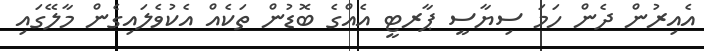
އެއިރުން ދެން ހަމަ ސިޔާސީ ޕާރޓީ އެއްގެ ބޮޑުން ތަކެއް އެކުވެލައިގެން މާލޭގައި